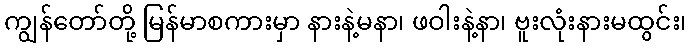
ကျွန်တော်တို့ မြန်မာစကားမှာ နားနဲ့မနာ၊ ဖဝါးနဲ့နာ၊ ဗူးလုံးနားမထွင်း၊